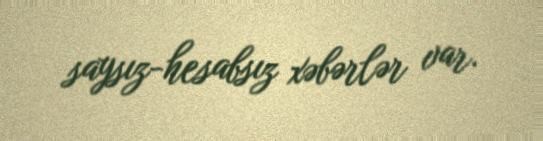
saysız-hesabsız xəbərlər var.